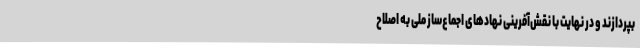
بپردازند و در نهایت با نقش‌آفرینی نهادهای اجماع‌ساز ملی به اصلاح